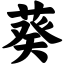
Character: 葵